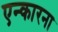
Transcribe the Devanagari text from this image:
एन्कारना